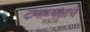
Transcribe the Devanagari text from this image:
दानाध्यक्षाचे